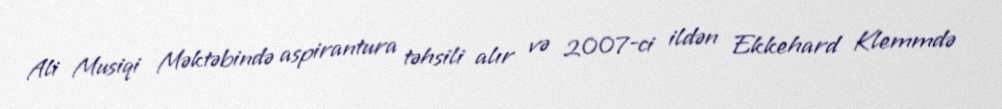
Ali Musiqi Məktəbində aspirantura təhsili alır və 2007-ci ildən Ekkehard Klemmdə